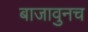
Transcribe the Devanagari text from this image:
बाजावुनच